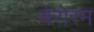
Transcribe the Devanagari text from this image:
बेरोरम